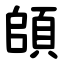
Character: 頧